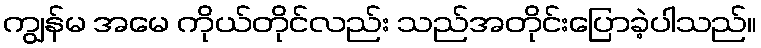
ကျွန်မ အမေ ကိုယ်တိုင်လည်း သည်အတိုင်းပြောခဲ့ပါသည်။